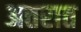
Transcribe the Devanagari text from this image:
अत्तरात